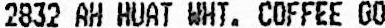
2832 AH HUAT WHT. COFFEE GO